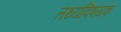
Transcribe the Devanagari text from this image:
तथ्यविषयक